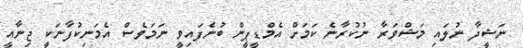
ނަޝީދާ ނުލައި މަޝްވަރާ ނުކުރާނެ ކަމަށް އެމްޑީޕީން ބުނެފައިވީ ނަަމަވެސް އެމަނިކުފާނަކީ ޖިނާއީ